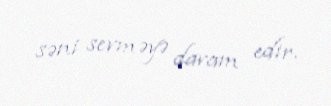
səni sevməyə davam edir.